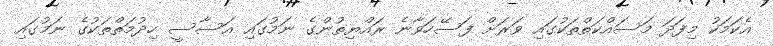
އެކަމަކު މިފަދަ މަސައްކަތްތަކުގައި ވަރަށް ފަސޭހަވާނެ ރައްޔިތުންގެ ނަމުގައި އަސާސީ ހިދުމަތްތަކުގެ ނަމުގައި